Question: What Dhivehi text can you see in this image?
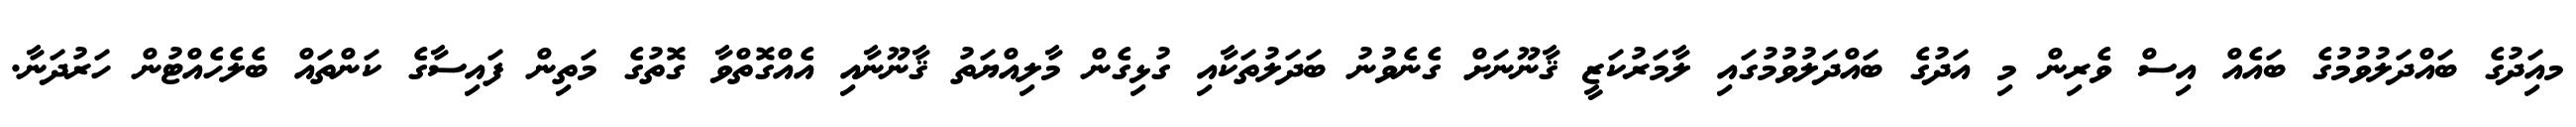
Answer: މއިަދުގެ ބައްދަލުވުމުގެ ބައެއް އިސް ވެރިން މި އަދުގެ ބައްދަލުވުމުގައި ލާމަރުކަޒީ ޤާނޫނަށް ގެނެވުނު ބަދަލުތަކާއި ގުޅިގެން މާލިއްޔަތު ޤާނޫނާއި އެއްގޮތްވާ ގޮތުގެ މަތިން ފައިސާގެ ކަންތައް ބެލެހެއްޓުން ހަރުދަނާ.